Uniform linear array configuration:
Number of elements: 32
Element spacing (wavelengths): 0.75
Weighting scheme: hann
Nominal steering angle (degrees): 60
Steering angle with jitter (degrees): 60.307
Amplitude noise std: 0.05
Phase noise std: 0.05

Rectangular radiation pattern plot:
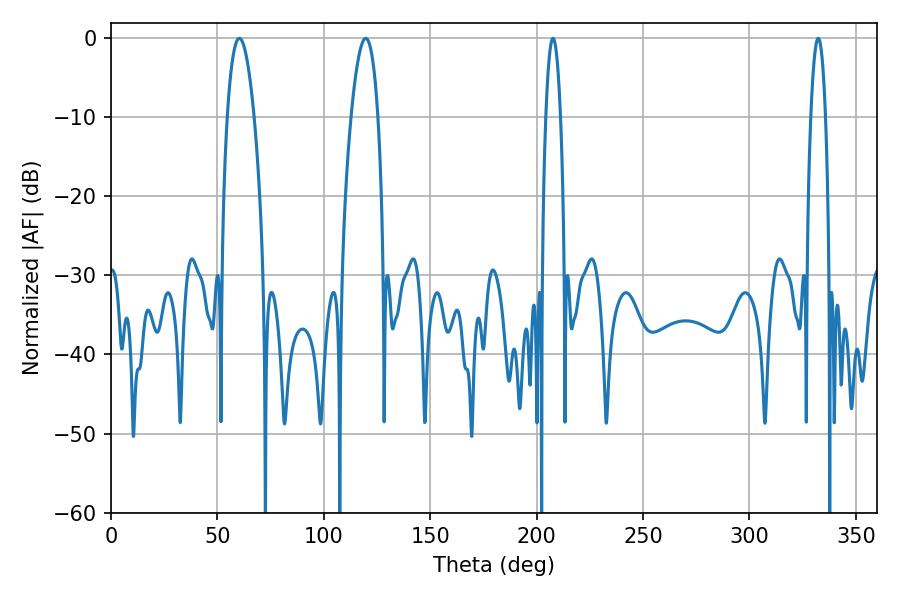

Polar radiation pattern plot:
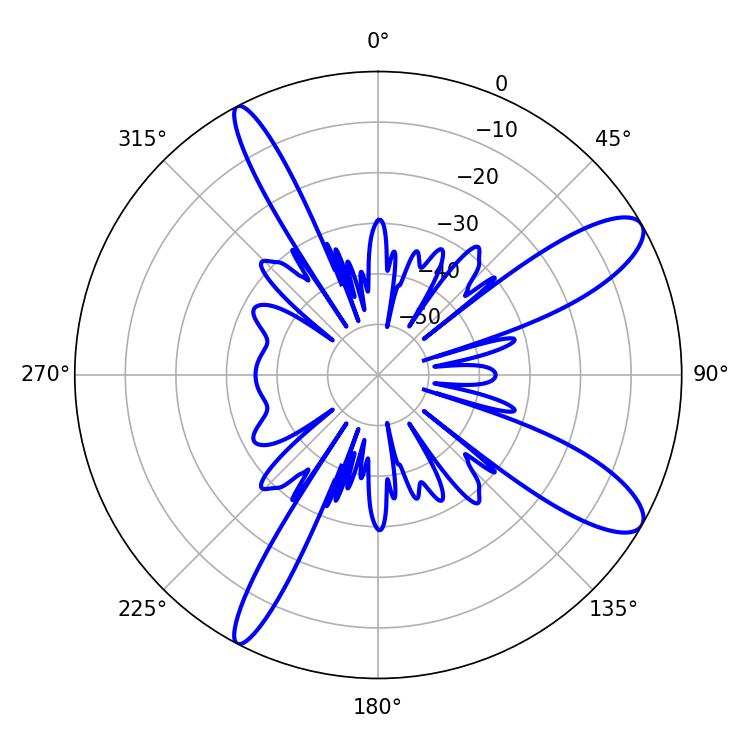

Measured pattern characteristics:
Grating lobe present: TRUE
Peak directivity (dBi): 10.958
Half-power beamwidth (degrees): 7.02
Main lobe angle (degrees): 60.3